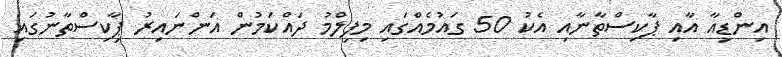
އިންޑިއާ އާއި ޕާކިސްތާނާއި އެކު 50 ގައުމެއްގައި މިފިލްމު ދައްކަމުން އަންނައިރު ޕާިކިސްތާނުގައި